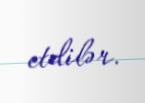
etdilər.